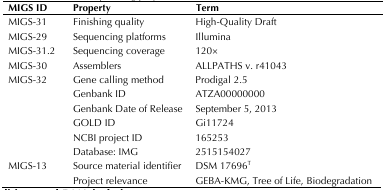
| MIGS ID | Property | Term |
 | --- | --- | --- |
 | MIGS-31 | Finishing quality | High-Quality Draft |
 | MIGS-29 | Sequencing platforms | Illumina |
 | MIGS-31.2 | Sequencing coverage | 120× |
 | MIGS-30 | Assemblers | ALLPATHS v. r41043 |
 | MIGS-32 | Gene calling method | Prodigal 2.5 |
 |  | Genbank ID | ATZA00000000 |
 |  | Genbank Date of Release | September 5, 2013 |
 |  | GOLD ID | Gi11724 |
 |  | NCBI project ID | 165253 |
 |  | Database: IMG | 2515154027 |
 | MIGS-13 | Source material identifier | DSM 17696T |
 |  | Project relevance | GEBA-KMG, Tree of Life, Biodegradation |